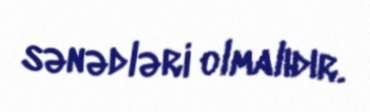
sənədləri olmalıdır.